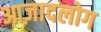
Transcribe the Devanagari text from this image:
आज़ादलोग